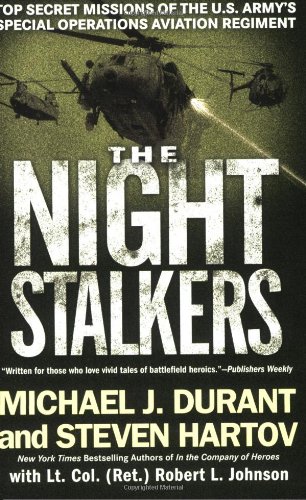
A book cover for The Night Stalkers: Top Secret Missions of the U.S. Army's Special Operations Aviation Regiment; Michael J. Durant; History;